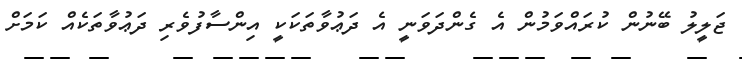
ޖަލީލު ބޭނުން ކުރައްވަމުން އެ ގެންދަވަނީ އެ ދަޢުވާތަކަކީ އިންސާފުވެރި ދަޢުވާތަކެއް ކަމަށް